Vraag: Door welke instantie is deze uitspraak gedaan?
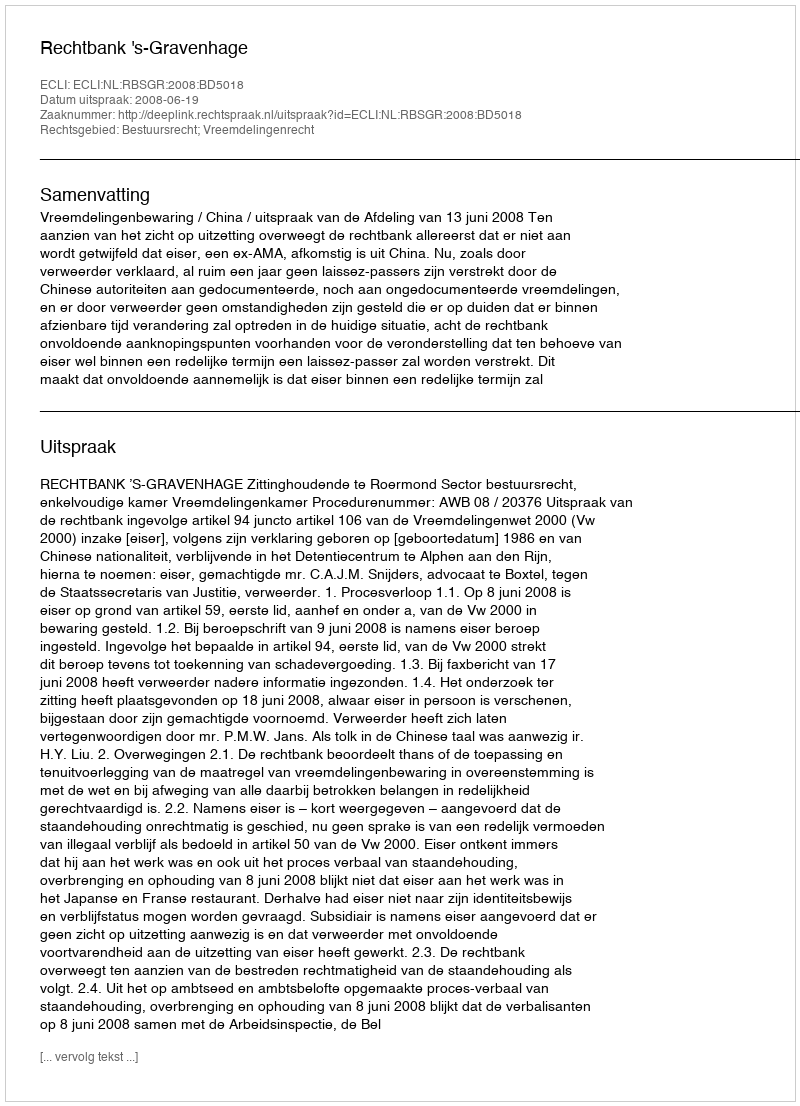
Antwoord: Rechtbank 's-Gravenhage